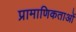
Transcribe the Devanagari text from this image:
प्रामाणिकताओं